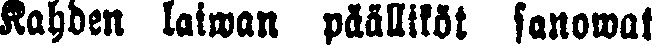
Kahden laiwan päälliköt sanowat